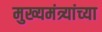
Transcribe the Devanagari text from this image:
मुख्यमंत्र्यांच्‍या